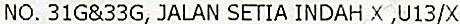
NO. 31G&33G, JALAN SETIA INDAH X ,U13/X